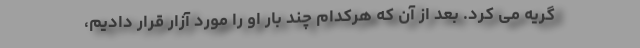
گریه می کرد. بعد از آن که هرکدام چند بار او را مورد آزار قرار دادیم،